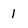
Character: 1